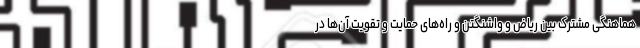
هماهنگی مشترک بین ریاض و واشنگتن و راه‌های حمایت و تقویت آن‌ها در